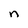
Character: n